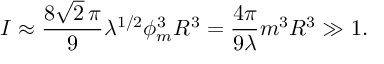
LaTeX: I \approx { \frac { 8 \sqrt { 2 } \, \pi } { 9 } } \lambda ^ { 1 / 2 } \phi _ { m } ^ { 3 } R ^ { 3 } = { \frac { 4 \pi } { 9 \lambda } } m ^ { 3 } R ^ { 3 } \gg 1 .